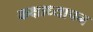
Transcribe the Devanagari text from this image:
कक्षाध्यापन